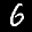
Label: 6